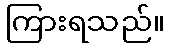
ကြားရသည်။